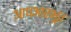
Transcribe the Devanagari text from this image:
आधआरभूत